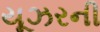
યૂઝરની